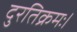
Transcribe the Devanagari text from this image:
दुरतिक्रमः।